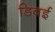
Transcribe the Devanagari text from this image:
डिबई